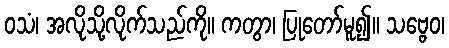
ဝသံ၊ အလိုသို့လိုက်သည်ကို။ ကတွာ၊ ပြုတော်မူ၍။ သဗ္ဗေဝ၊